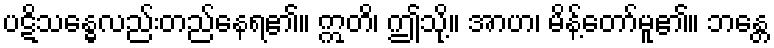
ပဋိသန္ဓေလည်းတည်နေရ၏။ ဣတိ၊ ဤသို့။ အာဟ၊ မိန့်တော်မူ၏။ ဘန္တေ